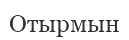
Отырмын